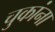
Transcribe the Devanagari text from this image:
चुकांना